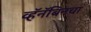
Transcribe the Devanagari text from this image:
व्हॅनॅबिनचा